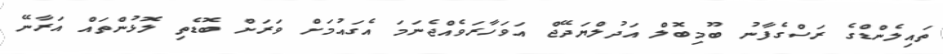
ތައިލެންޑްގެ ރަސްގެފާނު ބޫމިބޮލް އަދުލްޔަދޭޖް އަވަހާރަވެއްޖެނަމަ އެގައުމަށް ވަރަށް ބޮޑެތި ލޮޅުންތައް އަރާނޭ